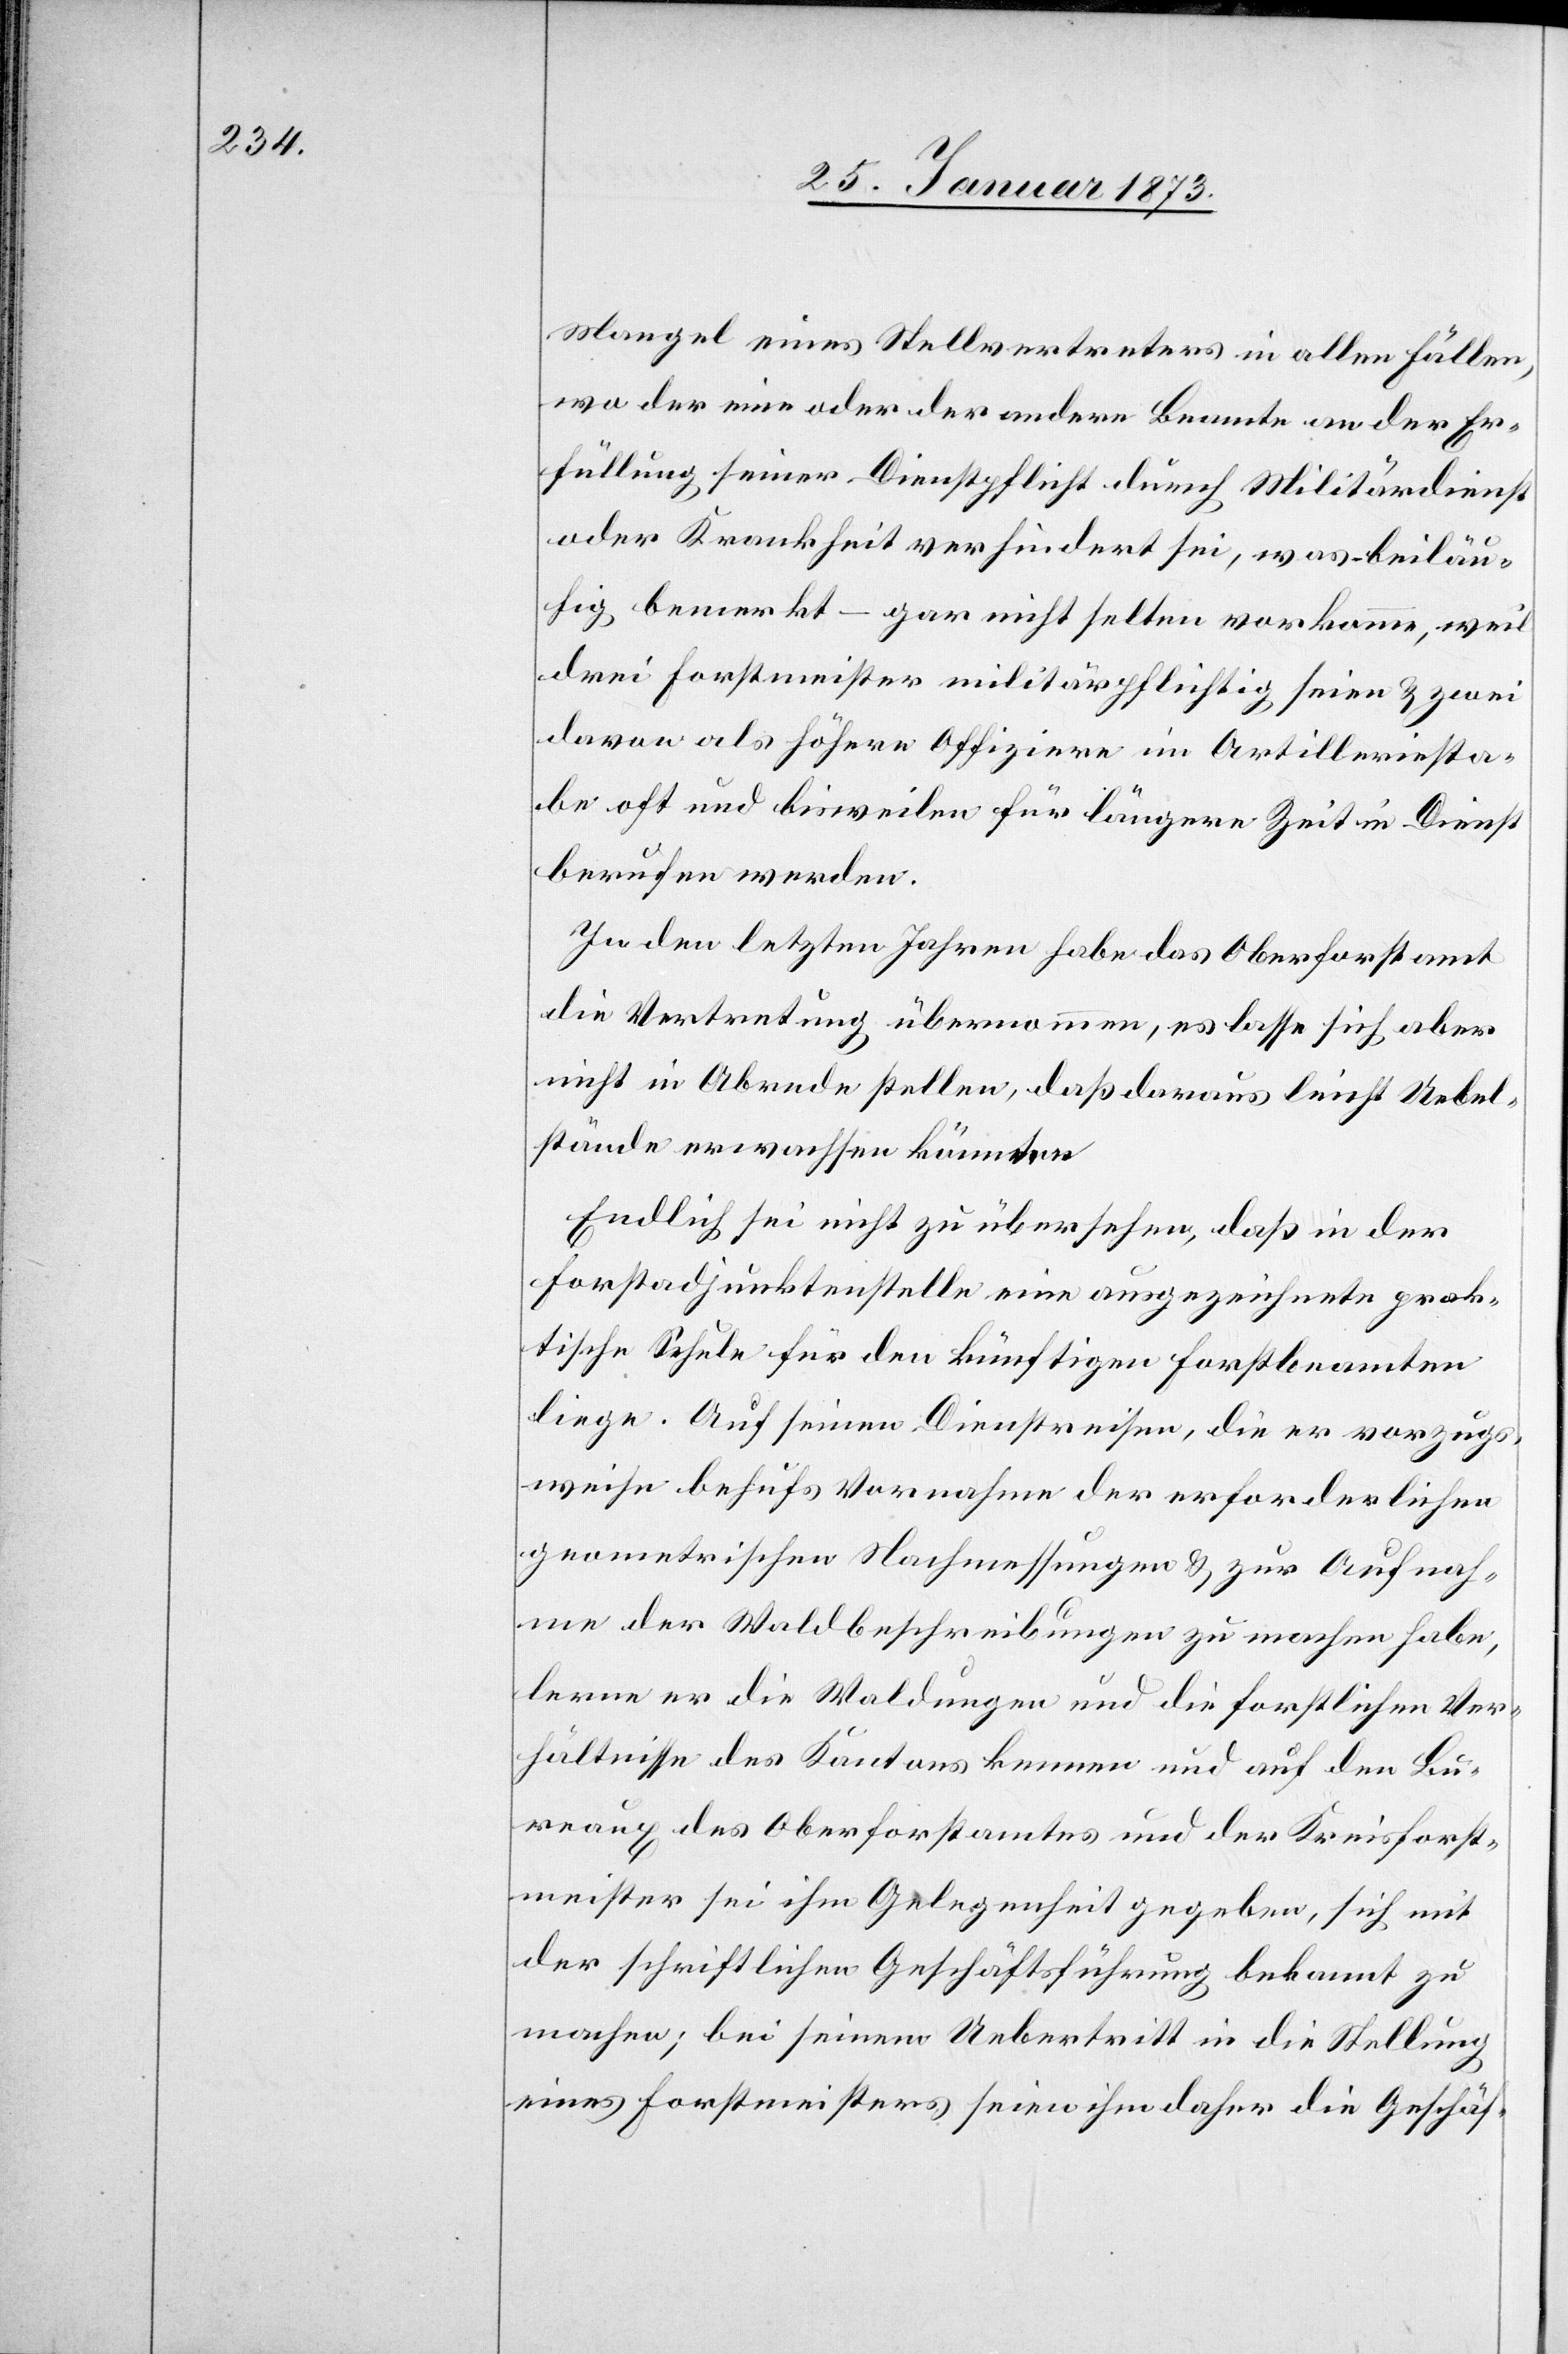
Mangel eines Stellvertreters in allen Fällen,
wo der eine oder der andere Beamte an der Er¬
füllung seiner Dienstpflicht durch Militärdienst
oder Krankheit verhindert sei, was – beiläu¬
fig bemerkt – gar nicht selten vorkomme, weil
drei Forstmeister militärpflichtig seien u. zwei
davon als höhere Offiziere im Artilleriesta¬
be oft und bisweilen für längere Zeit in Dienst
berufen werden.
In den letzten Jahren habe das Oberforstamt
die Vertretung übernommen, es lasse sich aber
nicht in Abrede stellen, daß daraus leicht Uebel¬
stände erwachsen könnten.
Endlich sei nicht zu übersehen, daß in der
Forstadjunktenstelle eine ausgezeichnete prak¬
tische Schule für den künftigen Forstbeamten
liege. Auf seinen Dienstreisen, die er vorzugs¬
weise behufs Vornahme der erforderlichen
geometrischen Nachmessungen u. zur Aufnah¬
me der Waldbeschreibungen zu machen habe,
lerne er die Waldungen und die forstlichen Ver¬
hältnisse des Kantons kennen und auf den Bu¬
reaux des Oberforstamtes und der Kreisforst¬
meister sei ihm Gelegenheit gegeben, sich mit
der schriftlichen Geschäftsführung bekannt zu
machen; bei seinem Uebertritt in die Stellung
eines Forstmeisters seien ihm daher die Geschäf-